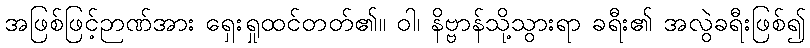
အဖြစ်ဖြင့်ဉာဏ်အား ရှေးရှုထင်တတ်၏။ ဝါ၊ နိဗ္ဗာန်သို့သွားရာ ခရီး၏ အလွဲခရီးဖြစ်၍